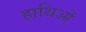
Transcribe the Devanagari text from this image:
हाथिओं